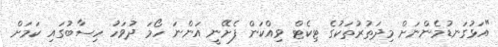
"އަޅުގަނޑުމެންނަށް މިދަތުރުތަކުގެ ޓިކެޓް ވިއްކަން ފެށޭނީ އަންނަ ހޯމަ ދުވަހު ހިސާބުގައި ކަމަށް